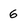
Character: 6